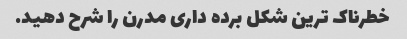
خطرناک ترین شکل برده داری مدرن را شرح دهید.